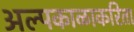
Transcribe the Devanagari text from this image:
अल्पकाळाकरिता